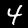
Digit: 4